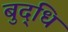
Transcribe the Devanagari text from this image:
बुद्‌धि